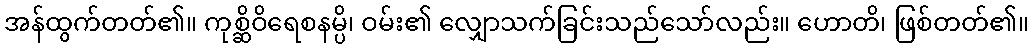
အန်ထွက်တတ်၏။ ကုစ္ဆိဝိရေစနမ္ပိ၊ ဝမ်း၏ လျှောသက်ခြင်းသည်သော်လည်း။ ဟောတိ၊ ဖြစ်တတ်၏။